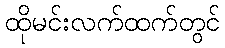
ထိုမင်းလက်ထက်တွင်